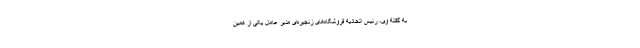
به گفته وی، رئیس اتحادیه فروشگاه‌های زنجیره‌ای مدیر عامل یکی از همین